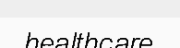
healthcare